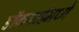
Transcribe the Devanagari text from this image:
डॉकयार्डमध्ये